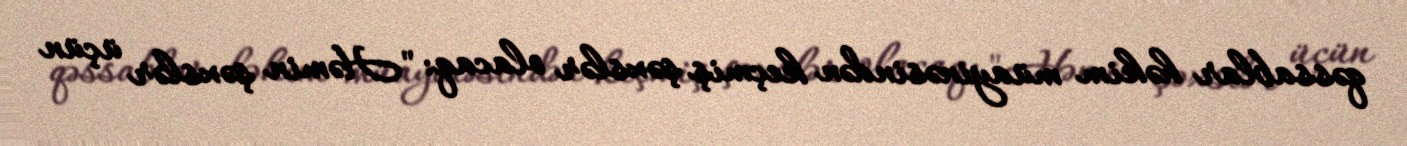
qəssablar həkim müayinəsindən keçmiş şəxslər olacaq: "Həmin şəxslər üçün